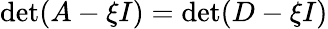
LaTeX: \operatorname*{det}(A-\xi I)=\operatorname*{det}(D-\xi I)